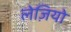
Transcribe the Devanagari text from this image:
लेज़ियो